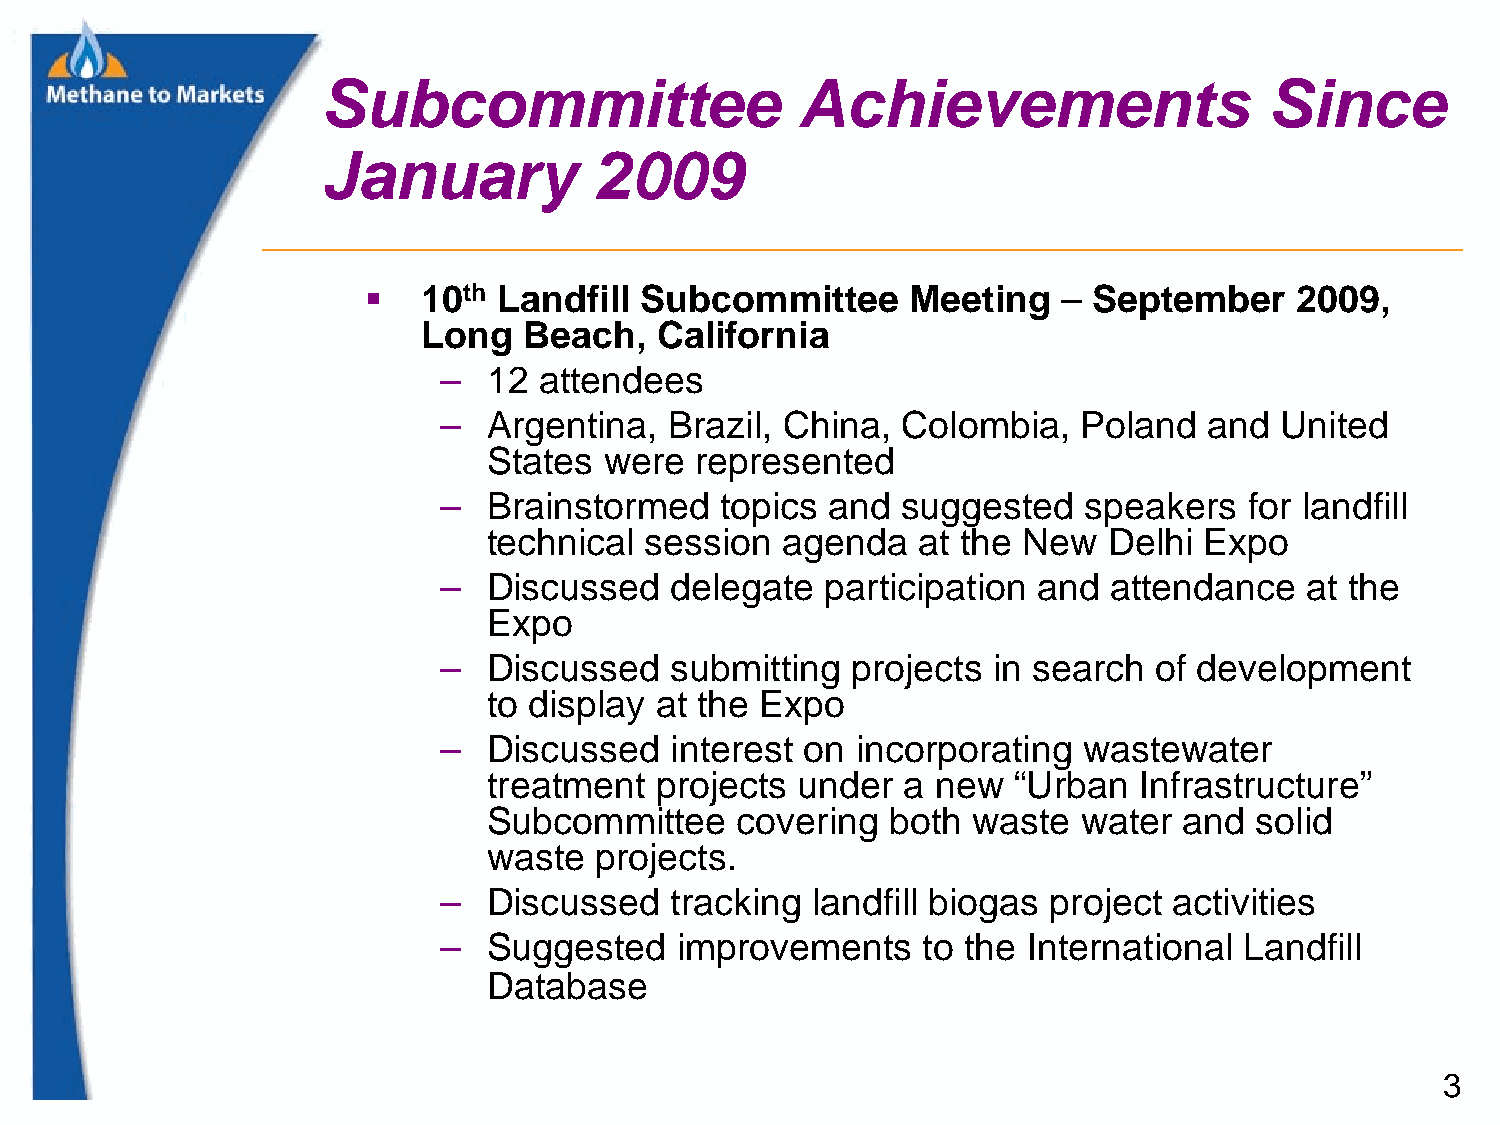
Subcommittee                    Achievements                   Since
 January           2009
    10th Landfill Subcommittee      Meeting   – September     2009,
 Long   Beach,  California
 –  12  attendees
 –  Argentina,  Brazil, China,  Colombia,   Poland  and  United
 States  were  represented
 –  Brainstormed    topics and  suggested   speakers   for landfill
 technical  session  agenda   at the New  Delhi  Expo
 –  Discussed   delegate   participation and attendance   at the
 Expo
 –  Discussed   submitting  projects  in search of development
 to display at the Expo
 –  Discussed   interest on  incorporating  wastewater
 treatment  projects  under  a new  “Urban  Infrastructure”
 Subcommittee     covering  both waste   water and  solid
 waste  projects.
 –  Discussed   tracking  landfill biogas project activities
 –  Suggested    improvements    to the International Landfill
 Database
 3